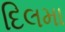
દિલમા